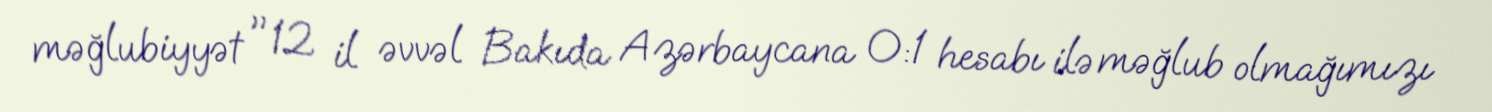
məğlubiyyət "12 il əvvəl Bakıda Azərbaycana 0:1 hesabı ilə məğlub olmağımızı